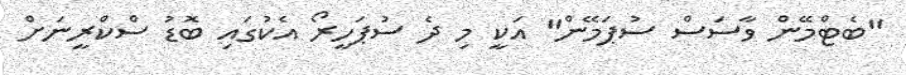
"ބެޓްމޭން ވާސަސް ސުޕަމޭން" އަކީ މި ދެ ސުޕަހީރޯ އެކުގައި ބޮޑު ސްކްރީނަށް